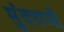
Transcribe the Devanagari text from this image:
मुंदराजी